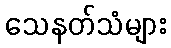
သေနတ်သံများ